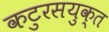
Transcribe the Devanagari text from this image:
कटुरसयुक्त